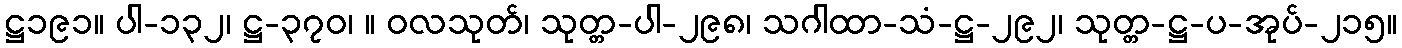
ဋ္ဌ၁၉၁။ ပါ-၁၃၂၊ ဋ္ဌ-၃၇၀၊ ။ ဝလသုတ်၊ သုတ္တ-ပါ-၂၉၈၊ သဂါထာ-သံ-ဋ္ဌ-၂၉၂၊ သုတ္တ-ဋ္ဌ-ပ-အုပ်-၂၁၅။